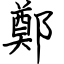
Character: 鄭